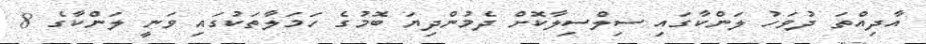
އާދިއްތަ ދުވަހު ލަންކާގައި ސިލްސިލާކޮށް ދެމުންދިޔަ ބޮމުގެ ހަމަލާތަކުގައި ވަނީ ލަންކާގެ 8